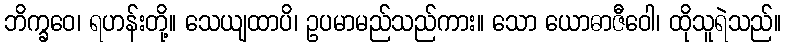
ဘိက္ခဝေ၊ ရဟန်းတို့။ သေယျထာပိ၊ ဥပမာမည်သည်ကား။ သော ယောဓာဇီဝေါ၊ ထိုသူရဲသည်။